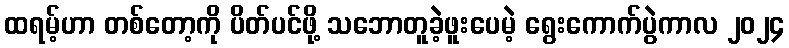
ထရမ့်ဟာ တစ်တော့ကို ပိတ်ပင်ဖို့ သဘောတူခဲ့ဖူးပေမဲ့ ရွေးကောက်ပွဲကာလ ၂၀၂၄